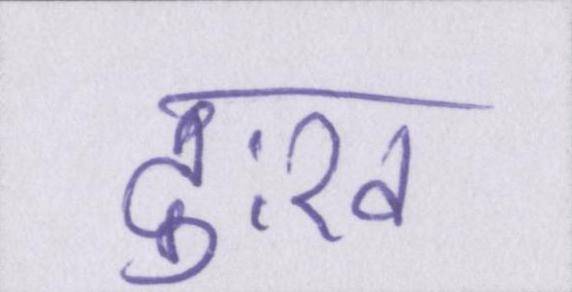
दुःख